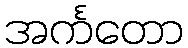
အင်္ကတော